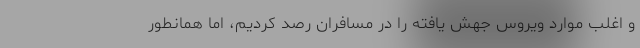
و اغلب موارد ویروس جهش یافته را در مسافران رصد کردیم، اما همانطور